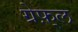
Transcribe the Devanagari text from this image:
ग्रेफ़्ल